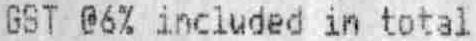
GST @6% INCLUDED IN TOTAL